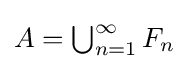
{\textstyle A=\bigcup _{n=1}^{\infty }F_{n}}